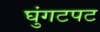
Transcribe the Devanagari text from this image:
घुंगटपट